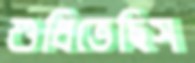
শুধিতেছিস